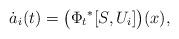
LaTeX: \begin{align*}\dot{a}_i(t) = \bigl({\Phi_t}^*[S,U_i]\bigr)(x),\end{align*}